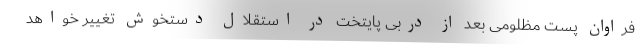
فراوان پست مظلومی بعد از دربی پایتخت در استقلال دستخوش تغییر خواهد